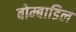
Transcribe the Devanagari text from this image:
बोम्बाडिल